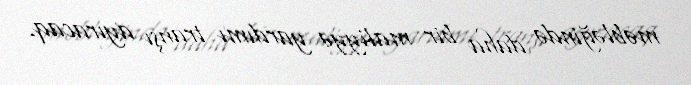
məbləğində daha bir maliyyə yardımı tranşı ayıracaq.